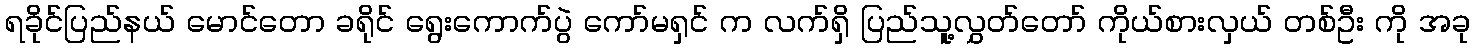
ရခိုင်ပြည်နယ် မောင်တော ခရိုင် ရွေးကောက်ပွဲ ကော်မရှင် က လက်ရှိ ပြည်သူ့လွှတ်တော် ကိုယ်စားလှယ် တစ်ဦး ကို အခု